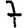
Digit: 7